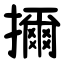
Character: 擟